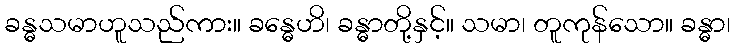
ခန္ဓသမာဟူသည်ကား။ ခန္ဓေဟိ၊ ခန္ဓာတို့နှင့်။ သမာ၊ တူကုန်သော။ ခန္ဓာ၊